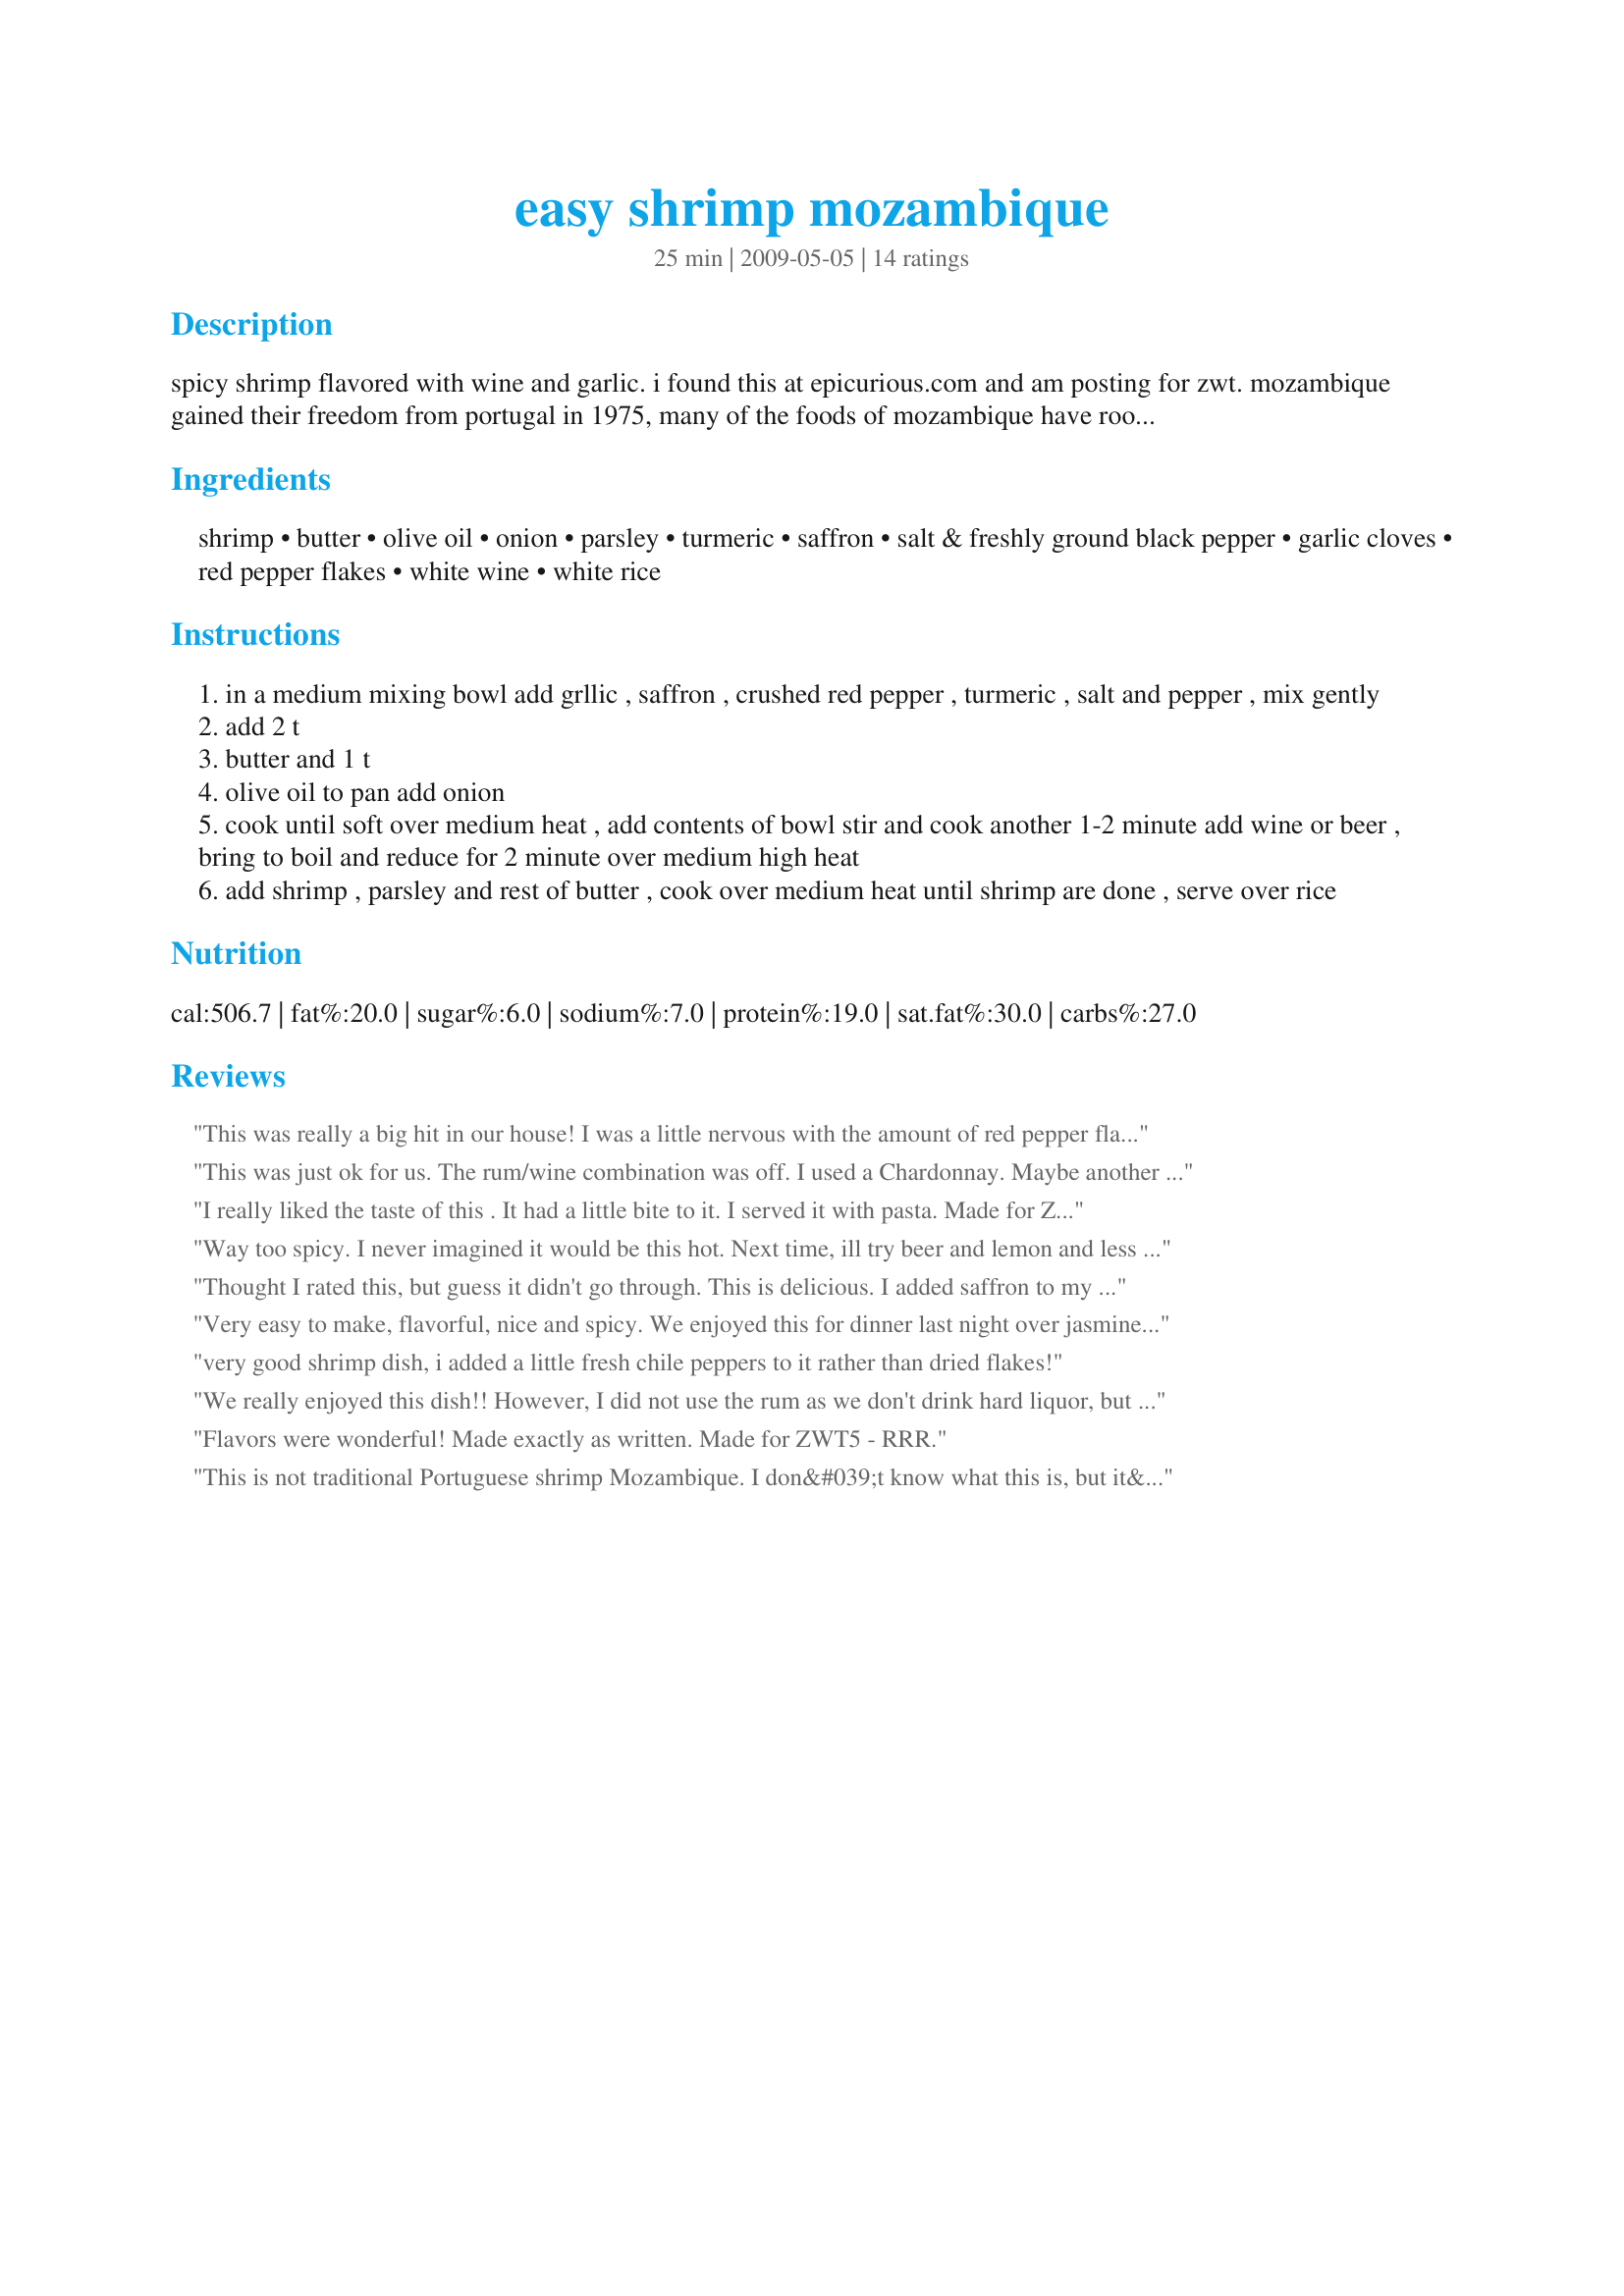
easy shrimp mozambique
Preparation time: 25 minutes

spicy shrimp flavored with wine and garlic. i found this at epicurious.com and am posting for zwt. mozambique gained their freedom from portugal in 1975, many of the foods of mozambique have roots in portugal cruisine.

Ingredients:
shrimp, butter, olive oil, onion, parsley, turmeric, saffron, salt & freshly ground black pepper, garlic cloves, red pepper flakes, white wine, white rice

Steps:
in a medium mixing bowl add grllic , saffron , crushed red pepper , turmeric , salt and pepper , mix gently
add 2 t
butter and 1 t
olive oil to pan add onion
cook until soft over medium heat , add contents of bowl stir and cook another 1-2 minute add wine or beer , bring to boil and reduce for 2 minute over medium high heat
add shrimp , parsley and rest of butter , cook over medium heat until shrimp are done , serve over rice

Reviews:
This was really a big hit in our house! I was a little nervous with the amount of red pepper flakes but I followed the recipe exactly, using 1/2 cup white wine and Sazon Goya. Surprisingly, this was not overly spicy but very flavorful and delicious. I served this over brown rice. The color is also quite impressive. Thanks for sharing this easy meal. Made for ZWT 7.
This was just ok for us. The rum/wine combination was off. I used a Chardonnay. Maybe another white wine would work better, like a Pino.
Made for ZWT5 ZINGO Potluck for the Hell's Kitchen Angels.
I really liked the taste of this . It had a little bite to it. I served it with pasta. Made for ZWT5 Cooks with Dirty Faces for the Zingo Round
Way too spicy. I never imagined it would be this hot. Next time, ill try beer and lemon and less crushed red pepper...
Thought I rated this, but guess it didn't go through. This is delicious. I added saffron to my rice, so it was a nice yellow color. Also used wine and saffron in the dish....loved the crushed red pepper flakes! Thanks so much for sharing. Made for ZWT7.
Very easy to make, flavorful, nice and spicy. We enjoyed this for dinner last night over jasmine rice. In our house, this served 2. Thanks for posting.
very good shrimp dish, i added a little fresh chile peppers to it rather than dried flakes!
We really enjoyed this dish!! However, I did not use the rum as we don't drink hard liquor, but instead added some lemon juice. I used a homemade Gewurztraminer...and the flavour was just wonderful. Thank you for sharing, BakinBaby. Made this for ZWT5 Zingo...The GroovyGastronomes
Flavors were wonderful! Made exactly as written. Made for ZWT5 - RRR.
This is not traditional Portuguese shrimp Mozambique. I don&#039;t know what this is, but it&#039;s not good
YUM! We absolutely loved this! I made it exactly as written (except we served it with saffron rice instead of white rice), and the flavours were amazing! I knew this was going to be good, but I never expected it to be this good! Our favourite meal from the ZWT7 so far! Made for ZWT7 - Africa.
I am not sure what we did wrong, but this did not work for us. The directions did not say where to put in the white wine, so i put it in with all the other liquid ingredients. It also did not say to boil & simmer off the alcohol. We did this, and still the taste afterwards was all hot with not much else going on, and we really really like hot. So sorry this did not work out for us, but I am glad so many other people liked it. We dumped out the sauce and ate the shrimp with white wine, butter & basil sauce.
WOW, tremendous depth of rich flavor. I replaced the wine with chicken stock simply because I don't care for the taste of wine in my food, just a personal thing. Loved the saffron and chili flakes. I'd skip the added butter at the end next time because it really added more than was needed. Simple and quick to make and even my DH liked it! *faint*. Just a great dish that I will happily make again. Made for ZWT 7.
Prepared as as in the recipe. There was WAY too heavy of a concentration of red pepper flakes - 1 tbsp is just too much for a recipe this size. It overpowers the other flavors. All in all, things were pretty good, but I&#039;ve had much better Shrimp Mozambique. Next time, I&#039;d probably cut this down to a teaspoon.&lt;br/&gt;&lt;br/&gt;A Portugese friend also assures me that lemon is commonly used in this dish. Next time I try making Shrimp Mozambique, I&#039;ll definitely try something else.
